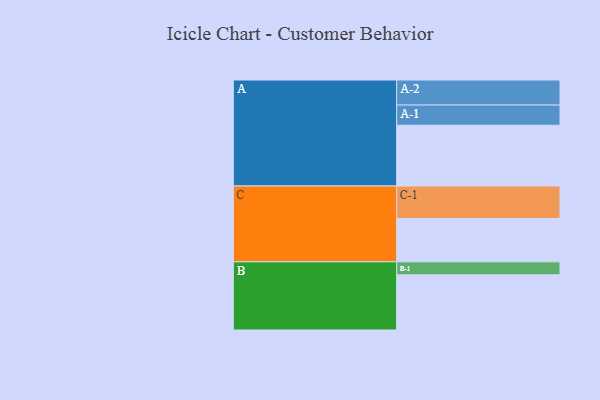
{"axis": {"x": "Segment", "y": "Value"}, "legend": ["", "A", "B", "C"], "data": [{"x": "A", "y": 541, "type": ""}, {"x": "B", "y": 491, "type": ""}, {"x": "C", "y": 385, "type": ""}, {"x": "A-1", "y": 180, "type": "A"}, {"x": "A-2", "y": 223, "type": "A"}, {"x": "B-1", "y": 116, "type": "B"}, {"x": "C-1", "y": 290, "type": "C"}]}